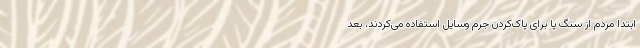
ابتدا مردم از سنگ پا برای پاک‌کردن جرم وسایل استفاده می‌کردند، بعد